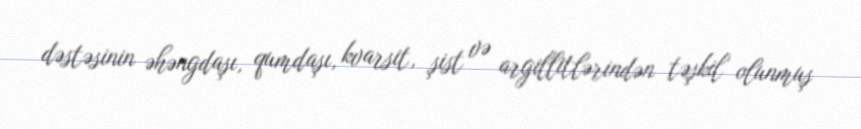
dəstəsinin əhəngdaşı, qumdaşı, kvarsit, şist və argillitlərindən təşkil olunmuş